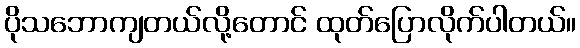
ပိုသဘောကျတယ်လို့တောင် ထုတ်ပြောလိုက်ပါတယ်။